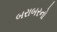
બરાબરનો